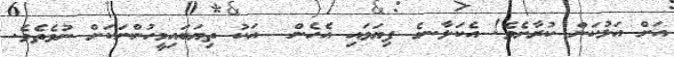
އަށް އަޅުކަން ކުރާށެވެ! އެކަލާނގެ ފިޔަވައި އެހެން  އަކު ތިޔަބައިމީހުންނަކަށް ނުވެތެވެ.